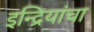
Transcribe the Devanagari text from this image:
इन्द्रियांचा